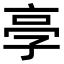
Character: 𠅝